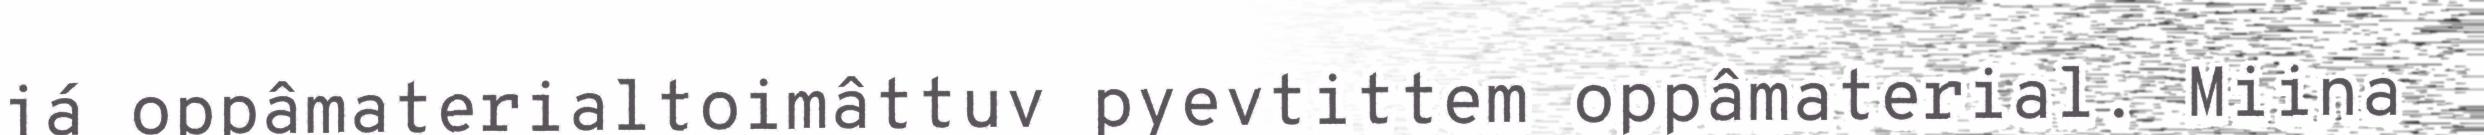
já oppâmaterialtoimâttuv pyevtittem oppâmaterial. Miina